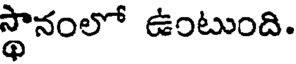
స్థానంలో ఉంటుంది.